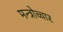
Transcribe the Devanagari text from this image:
मन्त्रोच्चार